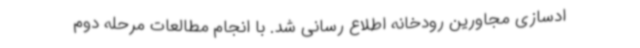
ادسازی مجاورین رودخانه اطلاع رسانی شد. با انجام مطالعات مرحله دوم